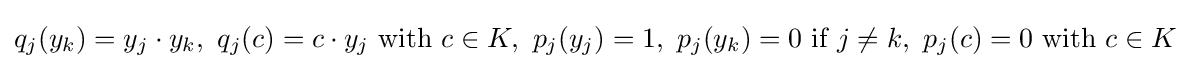
q_{j}(y_{k})=y_{j}\cdot y_{k},\ q_{j}(c)=c\cdot y_{j}{\text{  with  }}c\in K,\ p_{j}(y_{j})=1,\ p_{j}(y_{k})=0{\text{  if  }}j\neq k,\ p_{j}(c)=0{\text{  with  }}c\in K